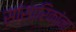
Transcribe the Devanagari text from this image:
सांसारिकांना